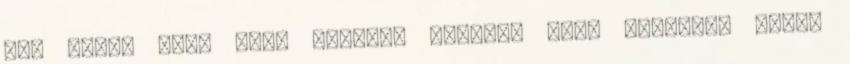
nem azért van, hogy megoldj bármit, vagy valakivé válj.